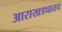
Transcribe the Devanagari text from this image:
आराखड्यातच